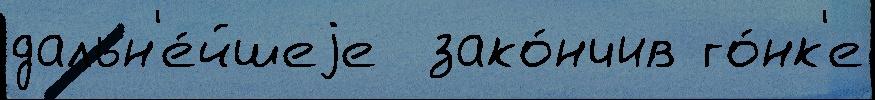
дальн'е́йшеjе  зако́нчив го́нк'е